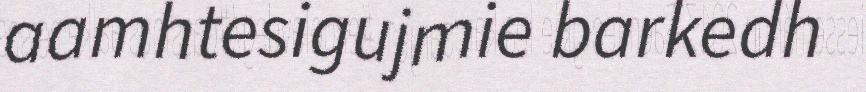
aamhtesigujmie barkedh